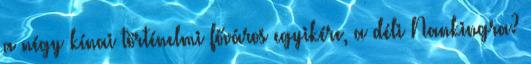
a négy kínai történelmi főváros egyikére, a déli Nankingra?